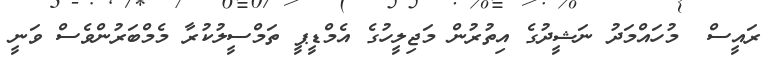
ރައީސް  މުހައްމަދު ނަޝީދުގެ އިތުރުން މަޖިލީހުގެ އެމްޑީޕީ ތަމްސީލުކުރާ މެމްބަރުންވެސް ވަނީ